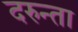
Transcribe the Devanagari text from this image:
दरुन्ता